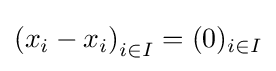
\left(x_{i}-x_{i}\right)_{i\in I}=(0)_{i\in I}